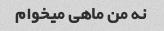
نه من ماهی میخوام